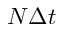
N \Delta t